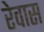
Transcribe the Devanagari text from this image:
रेवास